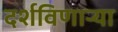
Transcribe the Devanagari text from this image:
दर्शविणाऱ्या